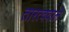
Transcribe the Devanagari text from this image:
तारत्ववाले